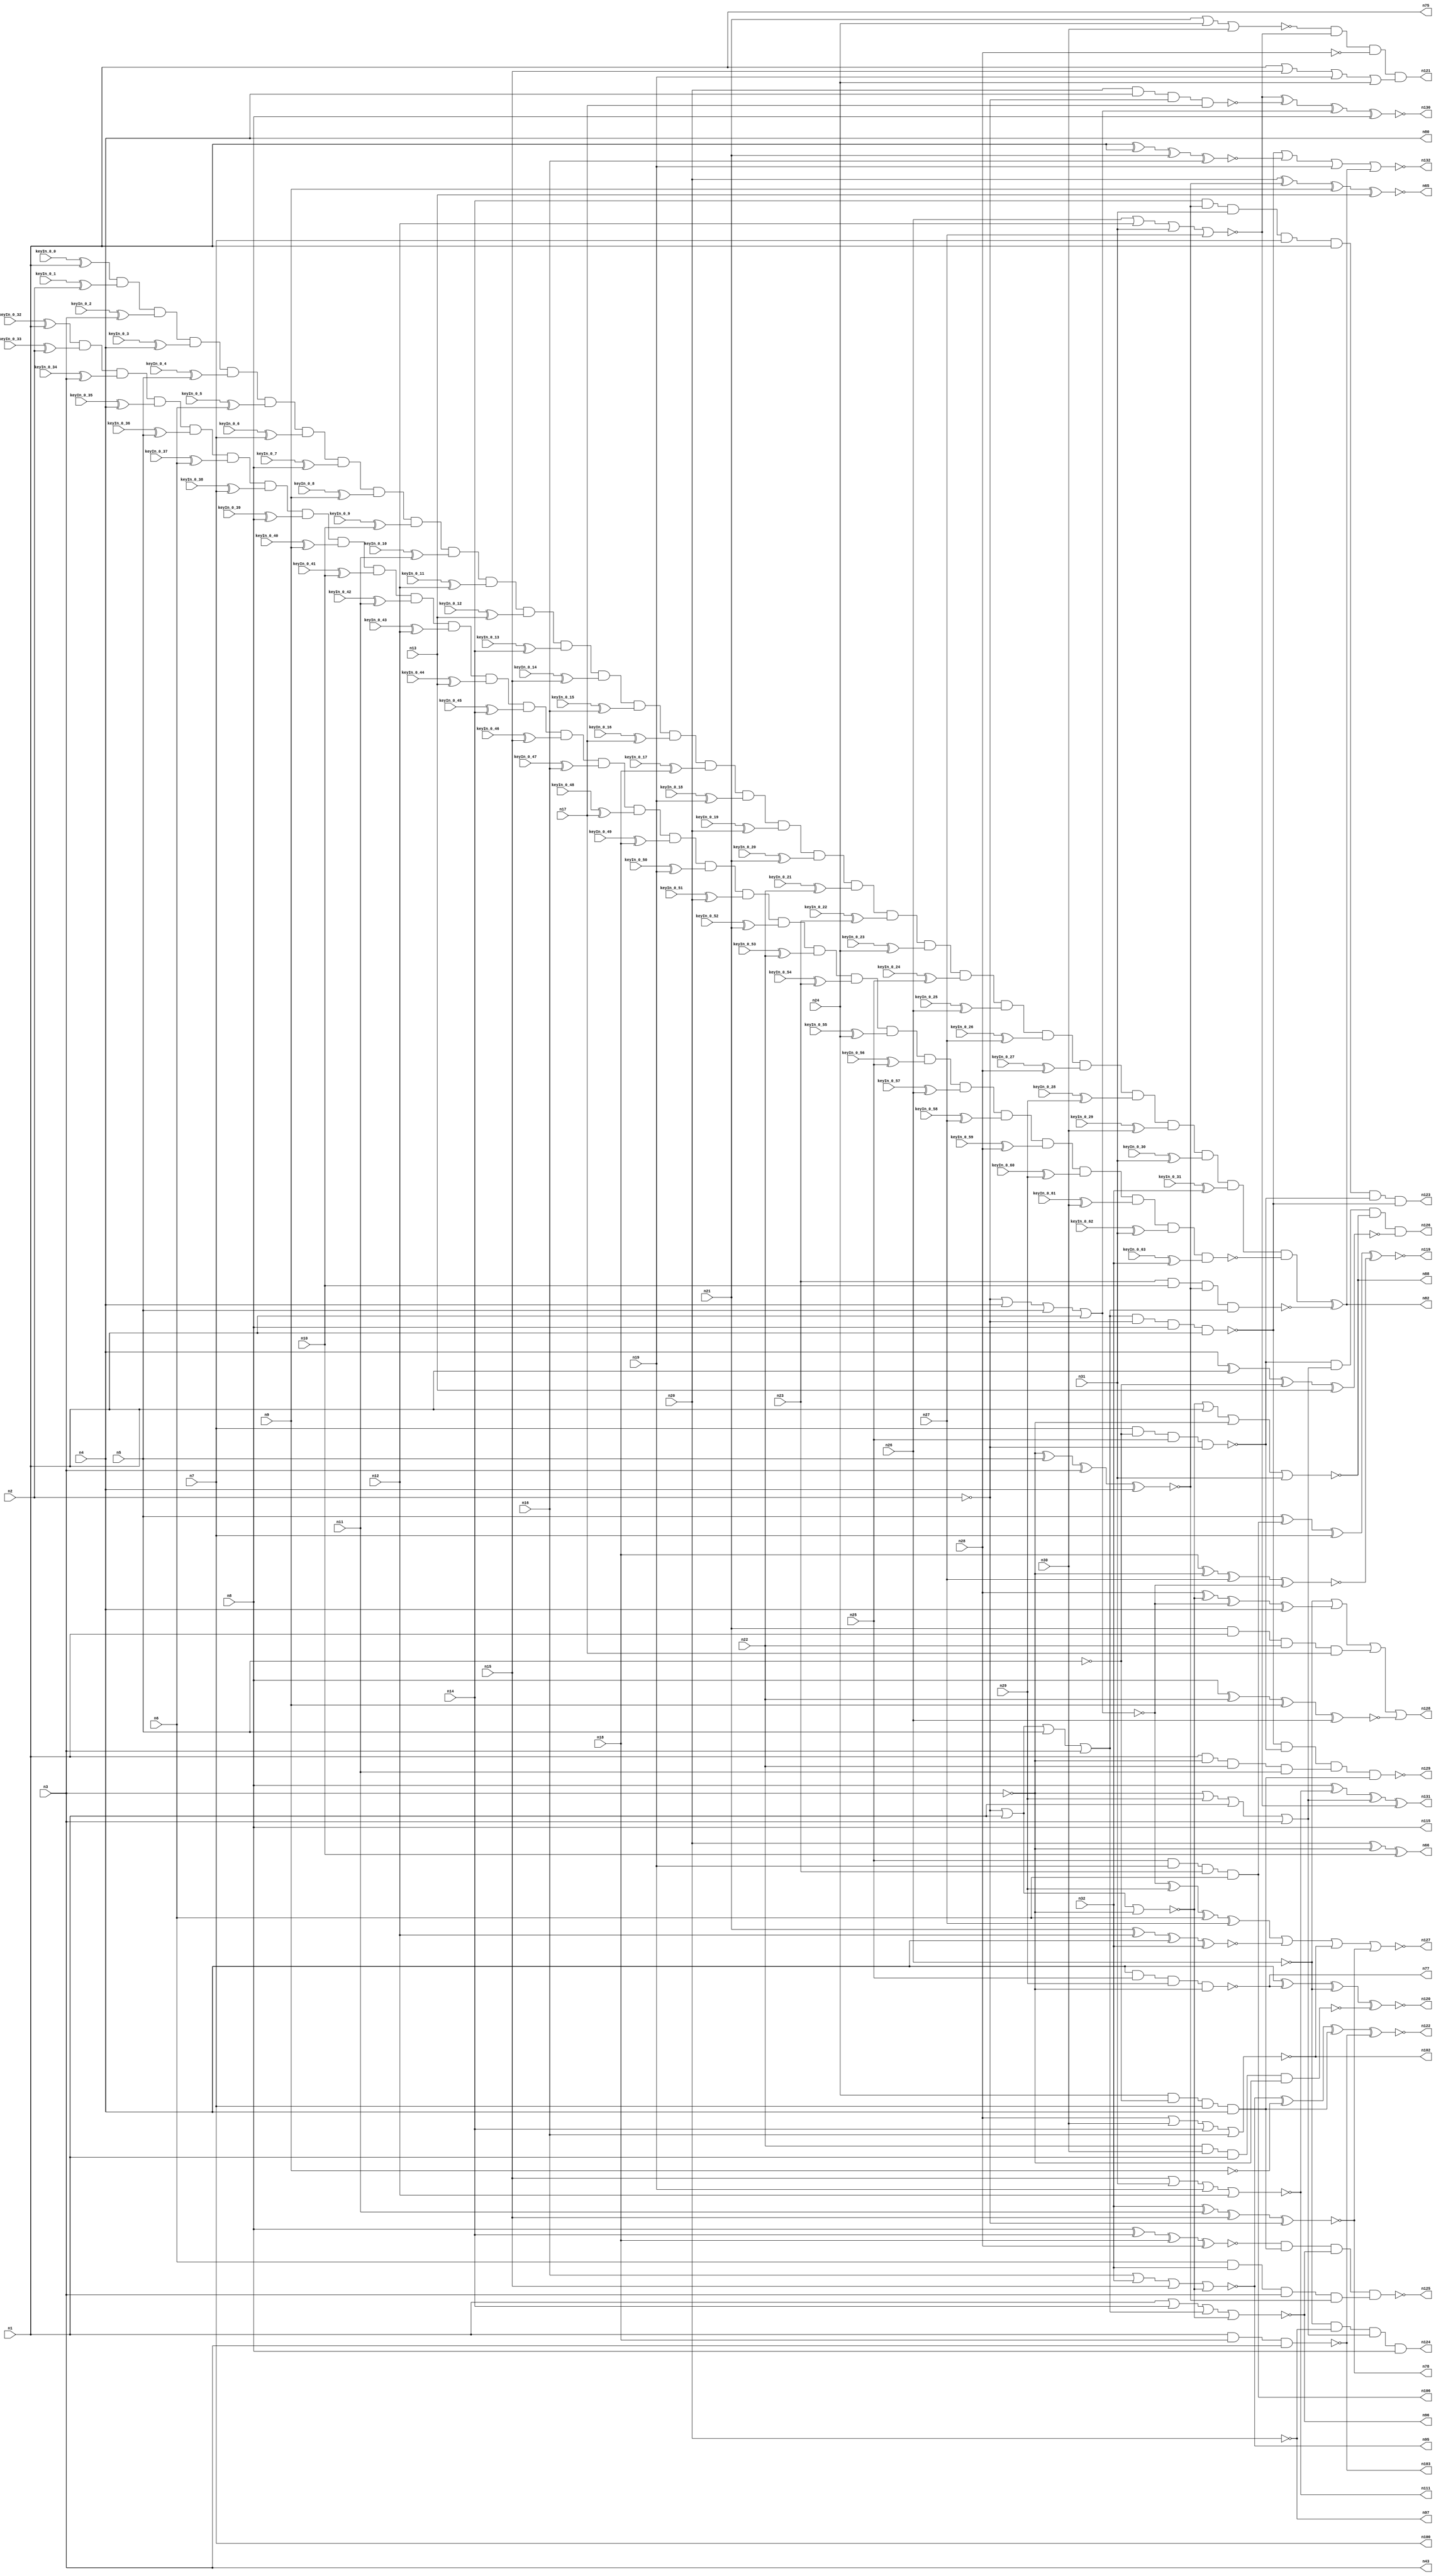


module Stat_100_63
(
  n1,
  n2,
  n3,
  n4,
  n5,
  n6,
  n7,
  n8,
  n9,
  n10,
  n11,
  n12,
  n13,
  n14,
  n15,
  n16,
  n17,
  n18,
  n19,
  n20,
  n21,
  n22,
  n23,
  n24,
  n25,
  n26,
  n27,
  n28,
  n29,
  n30,
  n31,
  n32,
  n43,
  n115,
  n88,
  n103,
  n96,
  n97,
  n80,
  n100,
  n66,
  n77,
  n102,
  n75,
  n65,
  n111,
  n78,
  n95,
  n82,
  n106,
  n129,
  n123,
  n121,
  n119,
  n124,
  n125,
  n120,
  n122,
  n127,
  n126,
  n128,
  n132,
  n131,
  n130,
  keyIn_0_0,
  keyIn_0_1,
  keyIn_0_2,
  keyIn_0_3,
  keyIn_0_4,
  keyIn_0_5,
  keyIn_0_6,
  keyIn_0_7,
  keyIn_0_8,
  keyIn_0_9,
  keyIn_0_10,
  keyIn_0_11,
  keyIn_0_12,
  keyIn_0_13,
  keyIn_0_14,
  keyIn_0_15,
  keyIn_0_16,
  keyIn_0_17,
  keyIn_0_18,
  keyIn_0_19,
  keyIn_0_20,
  keyIn_0_21,
  keyIn_0_22,
  keyIn_0_23,
  keyIn_0_24,
  keyIn_0_25,
  keyIn_0_26,
  keyIn_0_27,
  keyIn_0_28,
  keyIn_0_29,
  keyIn_0_30,
  keyIn_0_31,
  keyIn_0_32,
  keyIn_0_33,
  keyIn_0_34,
  keyIn_0_35,
  keyIn_0_36,
  keyIn_0_37,
  keyIn_0_38,
  keyIn_0_39,
  keyIn_0_40,
  keyIn_0_41,
  keyIn_0_42,
  keyIn_0_43,
  keyIn_0_44,
  keyIn_0_45,
  keyIn_0_46,
  keyIn_0_47,
  keyIn_0_48,
  keyIn_0_49,
  keyIn_0_50,
  keyIn_0_51,
  keyIn_0_52,
  keyIn_0_53,
  keyIn_0_54,
  keyIn_0_55,
  keyIn_0_56,
  keyIn_0_57,
  keyIn_0_58,
  keyIn_0_59,
  keyIn_0_60,
  keyIn_0_61,
  keyIn_0_62,
  keyIn_0_63
);

  input n1;input n2;input n3;input n4;input n5;input n6;input n7;input n8;input n9;input n10;input n11;input n12;input n13;input n14;input n15;input n16;input n17;input n18;input n19;input n20;input n21;input n22;input n23;input n24;input n25;input n26;input n27;input n28;input n29;input n30;input n31;input n32;input keyIn_0_0;input keyIn_0_1;input keyIn_0_2;input keyIn_0_3;input keyIn_0_4;input keyIn_0_5;input keyIn_0_6;input keyIn_0_7;input keyIn_0_8;input keyIn_0_9;input keyIn_0_10;input keyIn_0_11;input keyIn_0_12;input keyIn_0_13;input keyIn_0_14;input keyIn_0_15;input keyIn_0_16;input keyIn_0_17;input keyIn_0_18;input keyIn_0_19;input keyIn_0_20;input keyIn_0_21;input keyIn_0_22;input keyIn_0_23;input keyIn_0_24;input keyIn_0_25;input keyIn_0_26;input keyIn_0_27;input keyIn_0_28;input keyIn_0_29;input keyIn_0_30;input keyIn_0_31;input keyIn_0_32;input keyIn_0_33;input keyIn_0_34;input keyIn_0_35;input keyIn_0_36;input keyIn_0_37;input keyIn_0_38;input keyIn_0_39;input keyIn_0_40;input keyIn_0_41;input keyIn_0_42;input keyIn_0_43;input keyIn_0_44;input keyIn_0_45;input keyIn_0_46;input keyIn_0_47;input keyIn_0_48;input keyIn_0_49;input keyIn_0_50;input keyIn_0_51;input keyIn_0_52;input keyIn_0_53;input keyIn_0_54;input keyIn_0_55;input keyIn_0_56;input keyIn_0_57;input keyIn_0_58;input keyIn_0_59;input keyIn_0_60;input keyIn_0_61;input keyIn_0_62;input keyIn_0_63;
  output n43;output n115;output n88;output n103;output n96;output n97;output n80;output n100;output n66;output n77;output n102;output n75;output n65;output n111;output n78;output n95;output n82;output n106;output n129;output n123;output n121;output n119;output n124;output n125;output n120;output n122;output n127;output n126;output n128;output n132;output n131;output n130;
  wire n33;wire n34;wire n35;wire n36;wire n37;wire n38;wire n39;wire n40;wire n41;wire n42;wire n44;wire n45;wire n46;wire n47;wire n48;wire n49;wire n50;wire n51;wire n52;wire n53;wire n54;wire n55;wire n56;wire n57;wire n58;wire n59;wire n60;wire n61;wire n62;wire n63;wire n64;wire n67;wire n68;wire n69;wire n70;wire n71;wire n72;wire n73;wire n74;wire n76;wire n79;wire n81;wire n83;wire n84;wire n85;wire n86;wire n87;wire n89;wire n90;wire n91;wire n92;wire n93;wire n94;wire n98;wire n99;wire n101;wire n104;wire n105;wire n107;wire n108;wire n109;wire n110;wire n112;wire n113;wire n114;wire n116;wire n117;wire n118;wire g_input_0_0;wire gbar_input_0_0;wire g_input_0_1;wire gbar_input_0_1;wire g_input_0_2;wire gbar_input_0_2;wire g_input_0_3;wire gbar_input_0_3;wire g_input_0_4;wire gbar_input_0_4;wire g_input_0_5;wire gbar_input_0_5;wire g_input_0_6;wire gbar_input_0_6;wire g_input_0_7;wire gbar_input_0_7;wire g_input_0_8;wire gbar_input_0_8;wire g_input_0_9;wire gbar_input_0_9;wire g_input_0_10;wire gbar_input_0_10;wire g_input_0_11;wire gbar_input_0_11;wire g_input_0_12;wire gbar_input_0_12;wire g_input_0_13;wire gbar_input_0_13;wire g_input_0_14;wire gbar_input_0_14;wire g_input_0_15;wire gbar_input_0_15;wire g_input_0_16;wire gbar_input_0_16;wire g_input_0_17;wire gbar_input_0_17;wire g_input_0_18;wire gbar_input_0_18;wire g_input_0_19;wire gbar_input_0_19;wire g_input_0_20;wire gbar_input_0_20;wire g_input_0_21;wire gbar_input_0_21;wire g_input_0_22;wire gbar_input_0_22;wire g_input_0_23;wire gbar_input_0_23;wire g_input_0_24;wire gbar_input_0_24;wire g_input_0_25;wire gbar_input_0_25;wire g_input_0_26;wire gbar_input_0_26;wire g_input_0_27;wire gbar_input_0_27;wire g_input_0_28;wire gbar_input_0_28;wire g_input_0_29;wire gbar_input_0_29;wire g_input_0_30;wire gbar_input_0_30;wire g_input_0_31;wire gbar_input_0_31;wire f_g_wire;wire f_gbar_wire;wire AntiSAT_output;

  not
  g0
  (
    n35,
    n1
  );


  buf
  g1
  (
    n36,
    n2
  );


  buf
  g2
  (
    n33,
    n1
  );


  not
  g3
  (
    n37,
    n1
  );


  buf
  g4
  (
    n38,
    n1
  );


  not
  g5
  (
    n34,
    n2
  );


  not
  g6
  (
    n40,
    n37
  );


  not
  g7
  (
    n41,
    n37
  );


  buf
  g8
  (
    n42,
    n2
  );


  buf
  g9
  (
    n43,
    n3
  );


  nand
  g10
  (
    n39,
    n2,
    n36
  );


  not
  g11
  (
    n44,
    n43
  );


  buf
  g12
  (
    n46,
    n40
  );


  buf
  g13
  (
    n47,
    n41
  );


  not
  g14
  (
    n45,
    n42
  );


  buf
  g15
  (
    n61,
    n44
  );


  buf
  g16
  (
    n58,
    n44
  );


  buf
  g17
  (
    n59,
    n4
  );


  not
  g18
  (
    n50,
    n5
  );


  buf
  g19
  (
    n56,
    n47
  );


  buf
  g20
  (
    n54,
    n45
  );


  buf
  g21
  (
    n49,
    n4
  );


  buf
  g22
  (
    n63,
    n46
  );


  buf
  g23
  (
    n55,
    n6
  );


  buf
  g24
  (
    n62,
    n3
  );


  buf
  g25
  (
    n52,
    n46
  );


  buf
  g26
  (
    n53,
    n46
  );


  nor
  g27
  (
    n60,
    n45,
    n4,
    n5,
    n46
  );


  nor
  g28
  (
    n57,
    n45,
    n47,
    n44
  );


  xnor
  g29
  (
    n48,
    n44,
    n5,
    n3,
    n4
  );


  or
  g30
  (
    n51,
    n47,
    n45,
    n5,
    n3
  );


  not
  g31
  (
    n110,
    n9
  );


  buf
  g32
  (
    n100,
    n7
  );


  buf
  g33
  (
    n80,
    n59
  );


  buf
  g34
  (
    n108,
    n52
  );


  not
  g35
  (
    n117,
    n26
  );


  not
  g36
  (
    n73,
    n23
  );


  buf
  g37
  (
    n94,
    n19
  );


  not
  g38
  (
    n86,
    n50
  );


  buf
  g39
  (
    n75,
    n38
  );


  not
  g40
  (
    n97,
    n20
  );


  not
  g41
  (
    n107,
    n60
  );


  not
  g42
  (
    n72,
    n6
  );


  not
  g43
  (
    n68,
    n9
  );


  buf
  g44
  (
    n115,
    n8
  );


  not
  g45
  (
    n81,
    n28
  );


  xor
  g46
  (
    n66,
    n20,
    n61,
    n10
  );


  xnor
  g47
  (
    n105,
    n8,
    n14,
    n18,
    n28
  );


  nor
  g48
  (
    n88,
    n57,
    n56,
    n58,
    n31
  );


  xnor
  g49
  (
    n67,
    n51,
    n56,
    n11,
    n13
  );


  xnor
  g50
  (
    n84,
    n18,
    n61,
    n27,
    n60
  );


  nand
  g51
  (
    n103,
    n53,
    n18,
    n62
  );


  and
  g52
  (
    n79,
    n14,
    n48,
    n31,
    n7
  );


  xor
  g53
  (
    n89,
    n28,
    n57,
    n60,
    n49
  );


  nor
  g54
  (
    n95,
    n16,
    n32,
    n15,
    n57
  );


  nor
  g55
  (
    n118,
    n26,
    n12,
    n31,
    n27
  );


  xnor
  g56
  (
    n109,
    n21,
    n12,
    n49,
    n32
  );


  nor
  g57
  (
    n102,
    n28,
    n30,
    n14,
    n16
  );


  xnor
  g58
  (
    n78,
    n32,
    n11,
    n15,
    n54
  );


  or
  g59
  (
    n71,
    n16,
    n63,
    n18,
    n25
  );


  nor
  g60
  (
    n96,
    n53,
    n14,
    n51,
    n57
  );


  nand
  g61
  (
    n93,
    n22,
    n30,
    n63,
    n58
  );


  xor
  g62
  (
    n74,
    n23,
    n10,
    n37,
    n27
  );


  xor
  g63
  (
    n85,
    n60,
    n29,
    n6,
    n27
  );


  xor
  g64
  (
    n69,
    n55,
    n53,
    n12,
    n13
  );


  xnor
  g65
  (
    n99,
    n52,
    n52,
    n21,
    n16
  );


  and
  g66
  (
    n106,
    n25,
    n19,
    n23,
    n55
  );


  or
  g67
  (
    n64,
    n26,
    n55,
    n63,
    n29
  );


  xnor
  g68
  (
    n87,
    n59,
    n52,
    n50,
    n13
  );


  or
  g69
  (
    n91,
    n53,
    n15,
    n19,
    n24
  );


  or
  g70
  (
    n116,
    n58,
    n29,
    n56,
    n62
  );


  and
  g71
  (
    n104,
    n21,
    n38,
    n22,
    n17
  );


  nand
  g72
  (
    AntiSAT_key_wire,
    n23,
    n10,
    n48,
    n51
  );


  xnor
  g73
  (
    n65,
    n20,
    n48,
    n9,
    n13
  );


  and
  g74
  (
    n76,
    n6,
    n63,
    n49,
    n10
  );


  and
  g75
  (
    n113,
    n24,
    n50,
    n7,
    n59
  );


  nor
  g76
  (
    n83,
    n21,
    n24,
    n30
  );


  nand
  g77
  (
    n112,
    n51,
    n54,
    n8,
    n56
  );


  xnor
  g78
  (
    n98,
    n8,
    n22,
    n9,
    n26
  );


  nand
  g79
  (
    n101,
    n20,
    n59,
    n54,
    n17
  );


  nand
  g80
  (
    n77,
    n49,
    n25,
    n29,
    n61
  );


  nor
  g81
  (
    n111,
    n15,
    n31,
    n19,
    n12
  );


  and
  g82
  (
    n90,
    n38,
    n58,
    n22,
    n11
  );


  and
  g83
  (
    n92,
    n55,
    n32,
    n62,
    n48
  );


  nand
  g84
  (
    n114,
    n7,
    n50,
    n25,
    n54
  );


  or
  g85
  (
    n70,
    n11,
    n30,
    n17
  );


  xnor
  g86
  (
    n130,
    n118,
    n101,
    n107,
    n115
  );


  xnor
  g87
  (
    n122,
    n95,
    n110,
    n113,
    n103
  );


  xor
  g88
  (
    n131,
    n115,
    n111,
    n116,
    n118
  );


  xnor
  g89
  (
    n119,
    n86,
    n106,
    n100,
    n84
  );


  nor
  g90
  (
    n132,
    n112,
    n99,
    n94,
    n82
  );


  xnor
  g91
  (
    n120,
    n80,
    n77,
    n117,
    n93
  );


  and
  g92
  (
    n124,
    n117,
    n97,
    n116,
    n115
  );


  or
  g93
  (
    n128,
    n117,
    n89,
    n104,
    n98
  );


  and
  g94
  (
    n126,
    n114,
    n116,
    n88,
    n87
  );


  nand
  g95
  (
    n125,
    n105,
    n113,
    n96,
    n92
  );


  nor
  g96
  (
    n127,
    n85,
    n109,
    n102,
    n78
  );


  nand
  g97
  (
    n129,
    n112,
    n114,
    n90,
    n113
  );


  and
  g98
  (
    n123,
    n79,
    n108,
    n114,
    n112
  );


  and
  g99
  (
    n121,
    n83,
    n118,
    n81,
    n91
  );


  xor
  KeyPIGate_0_0
  (
    g_input_0_0,
    keyIn_0_0,
    n1
  );


  xor
  KeyPIGate_0_32
  (
    gbar_input_0_0,
    keyIn_0_32,
    n1
  );


  xor
  KeyPIGate_0_1
  (
    g_input_0_1,
    keyIn_0_1,
    n2
  );


  xor
  KeyPIGate_0_33
  (
    gbar_input_0_1,
    keyIn_0_33,
    n2
  );


  xor
  KeyPIGate_0_2
  (
    g_input_0_2,
    keyIn_0_2,
    n3
  );


  xor
  KeyPIGate_0_34
  (
    gbar_input_0_2,
    keyIn_0_34,
    n3
  );


  xor
  KeyPIGate_0_3
  (
    g_input_0_3,
    keyIn_0_3,
    n4
  );


  xor
  KeyPIGate_0_35
  (
    gbar_input_0_3,
    keyIn_0_35,
    n4
  );


  xor
  KeyPIGate_0_4
  (
    g_input_0_4,
    keyIn_0_4,
    n5
  );


  xor
  KeyPIGate_0_36
  (
    gbar_input_0_4,
    keyIn_0_36,
    n5
  );


  xor
  KeyPIGate_0_5
  (
    g_input_0_5,
    keyIn_0_5,
    n6
  );


  xor
  KeyPIGate_0_37
  (
    gbar_input_0_5,
    keyIn_0_37,
    n6
  );


  xor
  KeyPIGate_0_6
  (
    g_input_0_6,
    keyIn_0_6,
    n7
  );


  xor
  KeyPIGate_0_38
  (
    gbar_input_0_6,
    keyIn_0_38,
    n7
  );


  xor
  KeyPIGate_0_7
  (
    g_input_0_7,
    keyIn_0_7,
    n8
  );


  xor
  KeyPIGate_0_39
  (
    gbar_input_0_7,
    keyIn_0_39,
    n8
  );


  xor
  KeyPIGate_0_8
  (
    g_input_0_8,
    keyIn_0_8,
    n9
  );


  xor
  KeyPIGate_0_40
  (
    gbar_input_0_8,
    keyIn_0_40,
    n9
  );


  xor
  KeyPIGate_0_9
  (
    g_input_0_9,
    keyIn_0_9,
    n10
  );


  xor
  KeyPIGate_0_41
  (
    gbar_input_0_9,
    keyIn_0_41,
    n10
  );


  xor
  KeyPIGate_0_10
  (
    g_input_0_10,
    keyIn_0_10,
    n11
  );


  xor
  KeyPIGate_0_42
  (
    gbar_input_0_10,
    keyIn_0_42,
    n11
  );


  xor
  KeyPIGate_0_11
  (
    g_input_0_11,
    keyIn_0_11,
    n12
  );


  xor
  KeyPIGate_0_43
  (
    gbar_input_0_11,
    keyIn_0_43,
    n12
  );


  xor
  KeyPIGate_0_12
  (
    g_input_0_12,
    keyIn_0_12,
    n13
  );


  xor
  KeyPIGate_0_44
  (
    gbar_input_0_12,
    keyIn_0_44,
    n13
  );


  xor
  KeyPIGate_0_13
  (
    g_input_0_13,
    keyIn_0_13,
    n14
  );


  xor
  KeyPIGate_0_45
  (
    gbar_input_0_13,
    keyIn_0_45,
    n14
  );


  xor
  KeyPIGate_0_14
  (
    g_input_0_14,
    keyIn_0_14,
    n15
  );


  xor
  KeyPIGate_0_46
  (
    gbar_input_0_14,
    keyIn_0_46,
    n15
  );


  xor
  KeyPIGate_0_15
  (
    g_input_0_15,
    keyIn_0_15,
    n16
  );


  xor
  KeyPIGate_0_47
  (
    gbar_input_0_15,
    keyIn_0_47,
    n16
  );


  xor
  KeyPIGate_0_16
  (
    g_input_0_16,
    keyIn_0_16,
    n17
  );


  xor
  KeyPIGate_0_48
  (
    gbar_input_0_16,
    keyIn_0_48,
    n17
  );


  xor
  KeyPIGate_0_17
  (
    g_input_0_17,
    keyIn_0_17,
    n18
  );


  xor
  KeyPIGate_0_49
  (
    gbar_input_0_17,
    keyIn_0_49,
    n18
  );


  xor
  KeyPIGate_0_18
  (
    g_input_0_18,
    keyIn_0_18,
    n19
  );


  xor
  KeyPIGate_0_50
  (
    gbar_input_0_18,
    keyIn_0_50,
    n19
  );


  xor
  KeyPIGate_0_19
  (
    g_input_0_19,
    keyIn_0_19,
    n20
  );


  xor
  KeyPIGate_0_51
  (
    gbar_input_0_19,
    keyIn_0_51,
    n20
  );


  xor
  KeyPIGate_0_20
  (
    g_input_0_20,
    keyIn_0_20,
    n21
  );


  xor
  KeyPIGate_0_52
  (
    gbar_input_0_20,
    keyIn_0_52,
    n21
  );


  xor
  KeyPIGate_0_21
  (
    g_input_0_21,
    keyIn_0_21,
    n22
  );


  xor
  KeyPIGate_0_53
  (
    gbar_input_0_21,
    keyIn_0_53,
    n22
  );


  xor
  KeyPIGate_0_22
  (
    g_input_0_22,
    keyIn_0_22,
    n23
  );


  xor
  KeyPIGate_0_54
  (
    gbar_input_0_22,
    keyIn_0_54,
    n23
  );


  xor
  KeyPIGate_0_23
  (
    g_input_0_23,
    keyIn_0_23,
    n24
  );


  xor
  KeyPIGate_0_55
  (
    gbar_input_0_23,
    keyIn_0_55,
    n24
  );


  xor
  KeyPIGate_0_24
  (
    g_input_0_24,
    keyIn_0_24,
    n25
  );


  xor
  KeyPIGate_0_56
  (
    gbar_input_0_24,
    keyIn_0_56,
    n25
  );


  xor
  KeyPIGate_0_25
  (
    g_input_0_25,
    keyIn_0_25,
    n26
  );


  xor
  KeyPIGate_0_57
  (
    gbar_input_0_25,
    keyIn_0_57,
    n26
  );


  xor
  KeyPIGate_0_26
  (
    g_input_0_26,
    keyIn_0_26,
    n27
  );


  xor
  KeyPIGate_0_58
  (
    gbar_input_0_26,
    keyIn_0_58,
    n27
  );


  xor
  KeyPIGate_0_27
  (
    g_input_0_27,
    keyIn_0_27,
    n28
  );


  xor
  KeyPIGate_0_59
  (
    gbar_input_0_27,
    keyIn_0_59,
    n28
  );


  xor
  KeyPIGate_0_28
  (
    g_input_0_28,
    keyIn_0_28,
    n29
  );


  xor
  KeyPIGate_0_60
  (
    gbar_input_0_28,
    keyIn_0_60,
    n29
  );


  xor
  KeyPIGate_0_29
  (
    g_input_0_29,
    keyIn_0_29,
    n30
  );


  xor
  KeyPIGate_0_61
  (
    gbar_input_0_29,
    keyIn_0_61,
    n30
  );


  xor
  KeyPIGate_0_30
  (
    g_input_0_30,
    keyIn_0_30,
    n31
  );


  xor
  KeyPIGate_0_62
  (
    gbar_input_0_30,
    keyIn_0_62,
    n31
  );


  xor
  KeyPIGate_0_31
  (
    g_input_0_31,
    keyIn_0_31,
    n32
  );


  xor
  KeyPIGate_0_63
  (
    gbar_input_0_31,
    keyIn_0_63,
    n32
  );


  and
  f_g
  (
    f_g_wire,
    g_input_0_0,
    g_input_0_1,
    g_input_0_2,
    g_input_0_3,
    g_input_0_4,
    g_input_0_5,
    g_input_0_6,
    g_input_0_7,
    g_input_0_8,
    g_input_0_9,
    g_input_0_10,
    g_input_0_11,
    g_input_0_12,
    g_input_0_13,
    g_input_0_14,
    g_input_0_15,
    g_input_0_16,
    g_input_0_17,
    g_input_0_18,
    g_input_0_19,
    g_input_0_20,
    g_input_0_21,
    g_input_0_22,
    g_input_0_23,
    g_input_0_24,
    g_input_0_25,
    g_input_0_26,
    g_input_0_27,
    g_input_0_28,
    g_input_0_29,
    g_input_0_30,
    g_input_0_31
  );


  nand
  f_gbar
  (
    f_gbar_wire,
    gbar_input_0_0,
    gbar_input_0_1,
    gbar_input_0_2,
    gbar_input_0_3,
    gbar_input_0_4,
    gbar_input_0_5,
    gbar_input_0_6,
    gbar_input_0_7,
    gbar_input_0_8,
    gbar_input_0_9,
    gbar_input_0_10,
    gbar_input_0_11,
    gbar_input_0_12,
    gbar_input_0_13,
    gbar_input_0_14,
    gbar_input_0_15,
    gbar_input_0_16,
    gbar_input_0_17,
    gbar_input_0_18,
    gbar_input_0_19,
    gbar_input_0_20,
    gbar_input_0_21,
    gbar_input_0_22,
    gbar_input_0_23,
    gbar_input_0_24,
    gbar_input_0_25,
    gbar_input_0_26,
    gbar_input_0_27,
    gbar_input_0_28,
    gbar_input_0_29,
    gbar_input_0_30,
    gbar_input_0_31
  );


  and
  G
  (
    AntiSAT_output,
    f_g_wire,
    f_gbar_wire
  );


  xor
  flip_it
  (
    n82,
    AntiSAT_output,
    AntiSAT_key_wire
  );


endmodule